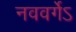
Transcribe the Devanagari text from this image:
नववर्गेऽ